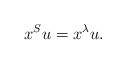
LaTeX: \begin{align*}x^{S}u&=x^{\lambda}u.\end{align*}